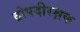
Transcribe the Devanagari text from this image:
द्रोपदीरक्षक